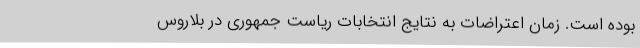
بوده است. زمان اعتراضات به نتایج انتخابات ریاست جمهوری در بلاروس